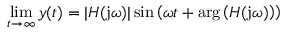
\operatorname* { l i m } _ { t \to \infty } y ( t ) = | H ( \mathrm { j } \omega ) | \sin \left( \omega t + \arg \left( H ( \mathrm { j } \omega ) \right) \right)